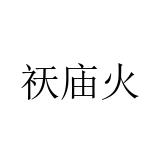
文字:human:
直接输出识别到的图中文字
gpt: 祆庙火